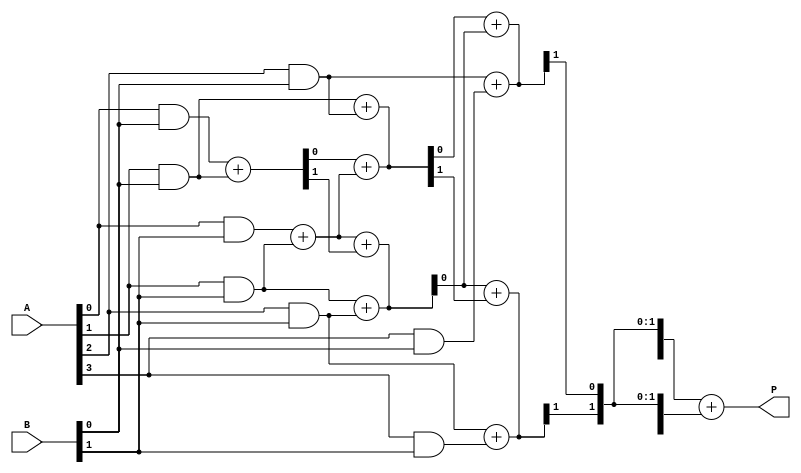
module FaultTolerantWallaceTreeMultiplier #(parameter N = 4) (
    input [N-1:0] A, // Multiplicand A
    input [N-1:0] B, // Multiplicand B
    output reg [2*N-1:0] P // Product output
);

    // Generate partial products
    wire [N-1:0] pp [0:N-1]; // Partial products
    genvar i, j;
    generate
        for (i = 0; i < N; i = i + 1) begin : gen_pp
            for (j = 0; j < N; j = j + 1) begin : gen_pp_inner
                assign pp[i][j] = A[i] & B[j]; // AND gate for partial product
            end
        end
    endgenerate

    // Wallace Tree Reduction
    wire [N-1:0] sum [0:N-1]; // Sums
    wire [N-1:0] carry [0:N-1]; // Carries
    wire [N-1:0] redundant_sum [0:N-1]; // Redundant sums
    wire [N-1:0] redundant_carry [0:N-1]; // Redundant carries

    // First stage of reduction
    generate
        for (i = 0; i < N; i = i + 1) begin : reduce_stage_1
            if (i < N-1) begin
                assign {carry[i][0], sum[i][0]} = pp[i][0] + pp[i+1][0]; // Half Adder
                assign {carry[i][1], sum[i][1]} = pp[i][1] + pp[i+1][1]; // Half Adder
                // Redundant path
                assign {redundant_carry[i][0], redundant_sum[i][0]} = pp[i][0] + pp[i+1][0]; 
                assign {redundant_carry[i][1], redundant_sum[i][1]} = pp[i][1] + pp[i+1][1]; 
            end
        end
    endgenerate

    // Second stage of reduction
    generate
        for (i = 0; i < N-1; i = i + 1) begin : reduce_stage_2
            if (i < N-2) begin
                assign {carry[i+1][0], sum[i+1][0]} = sum[i][0] + sum[i][1]; // Full Adder
                assign {carry[i+1][1], sum[i+1][1]} = sum[i][1] + carry[i][0]; // Full Adder
                // Redundant path
                assign {redundant_carry[i+1][0], redundant_sum[i+1][0]} = redundant_sum[i][0] + redundant_sum[i][1]; 
                assign {redundant_carry[i+1][1], redundant_sum[i+1][1]} = redundant_sum[i][1] + redundant_carry[i][0]; 
            end
        end
    endgenerate

    // Final addition stage
    always @(*) begin
        // Combine results from the main and redundant paths
        P = {sum[N-2], carry[N-2]} + {redundant_sum[N-2], redundant_carry[N-2]};
    end

endmodule